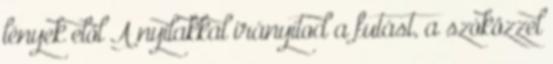
lények elől A nyilakkal irányítod a futást, a szóközzel